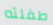
طفلته